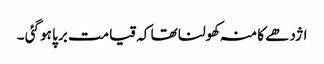
اژدھے کا منہ کھولنا تھا کہ قیامت برپا ہو گئی ۔